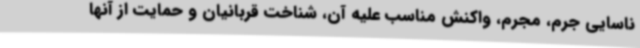
ناسایی جرم، مجرم، واکنش مناسب علیه آن، شناخت قربانیان و حمایت از آنها